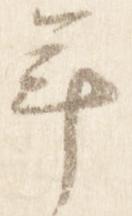
年